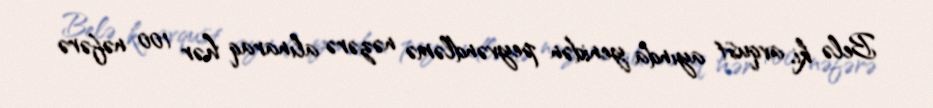
Belə ki, avqust ayında yenidən peyvəndləmə nəzərə alınaraq hər 100 nəfərə